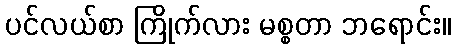
ပင်လယ်စာ ကြိုက်လား မစ္စတာ ဘရောင်း။